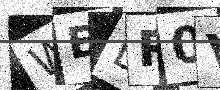
Text: WEDR0V